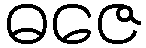
ဓဇေ